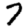
Digit: 7